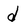
Character: d